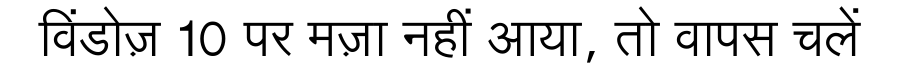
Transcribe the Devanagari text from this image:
विंडोज़ 10 पर मज़ा नहीं आया, तो वापस चलें